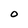
Character: O